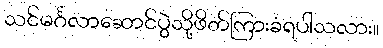
သင်မင်္ဂလာဆောင်ပွဲသို့ဖိတ်ကြားခံရပါသလား။